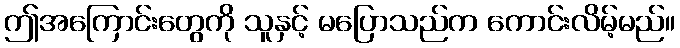
ဤအကြောင်းတွေကို သူနှင့် မပြောသည်က ကောင်းလိမ့်မည်။